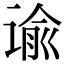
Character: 谕